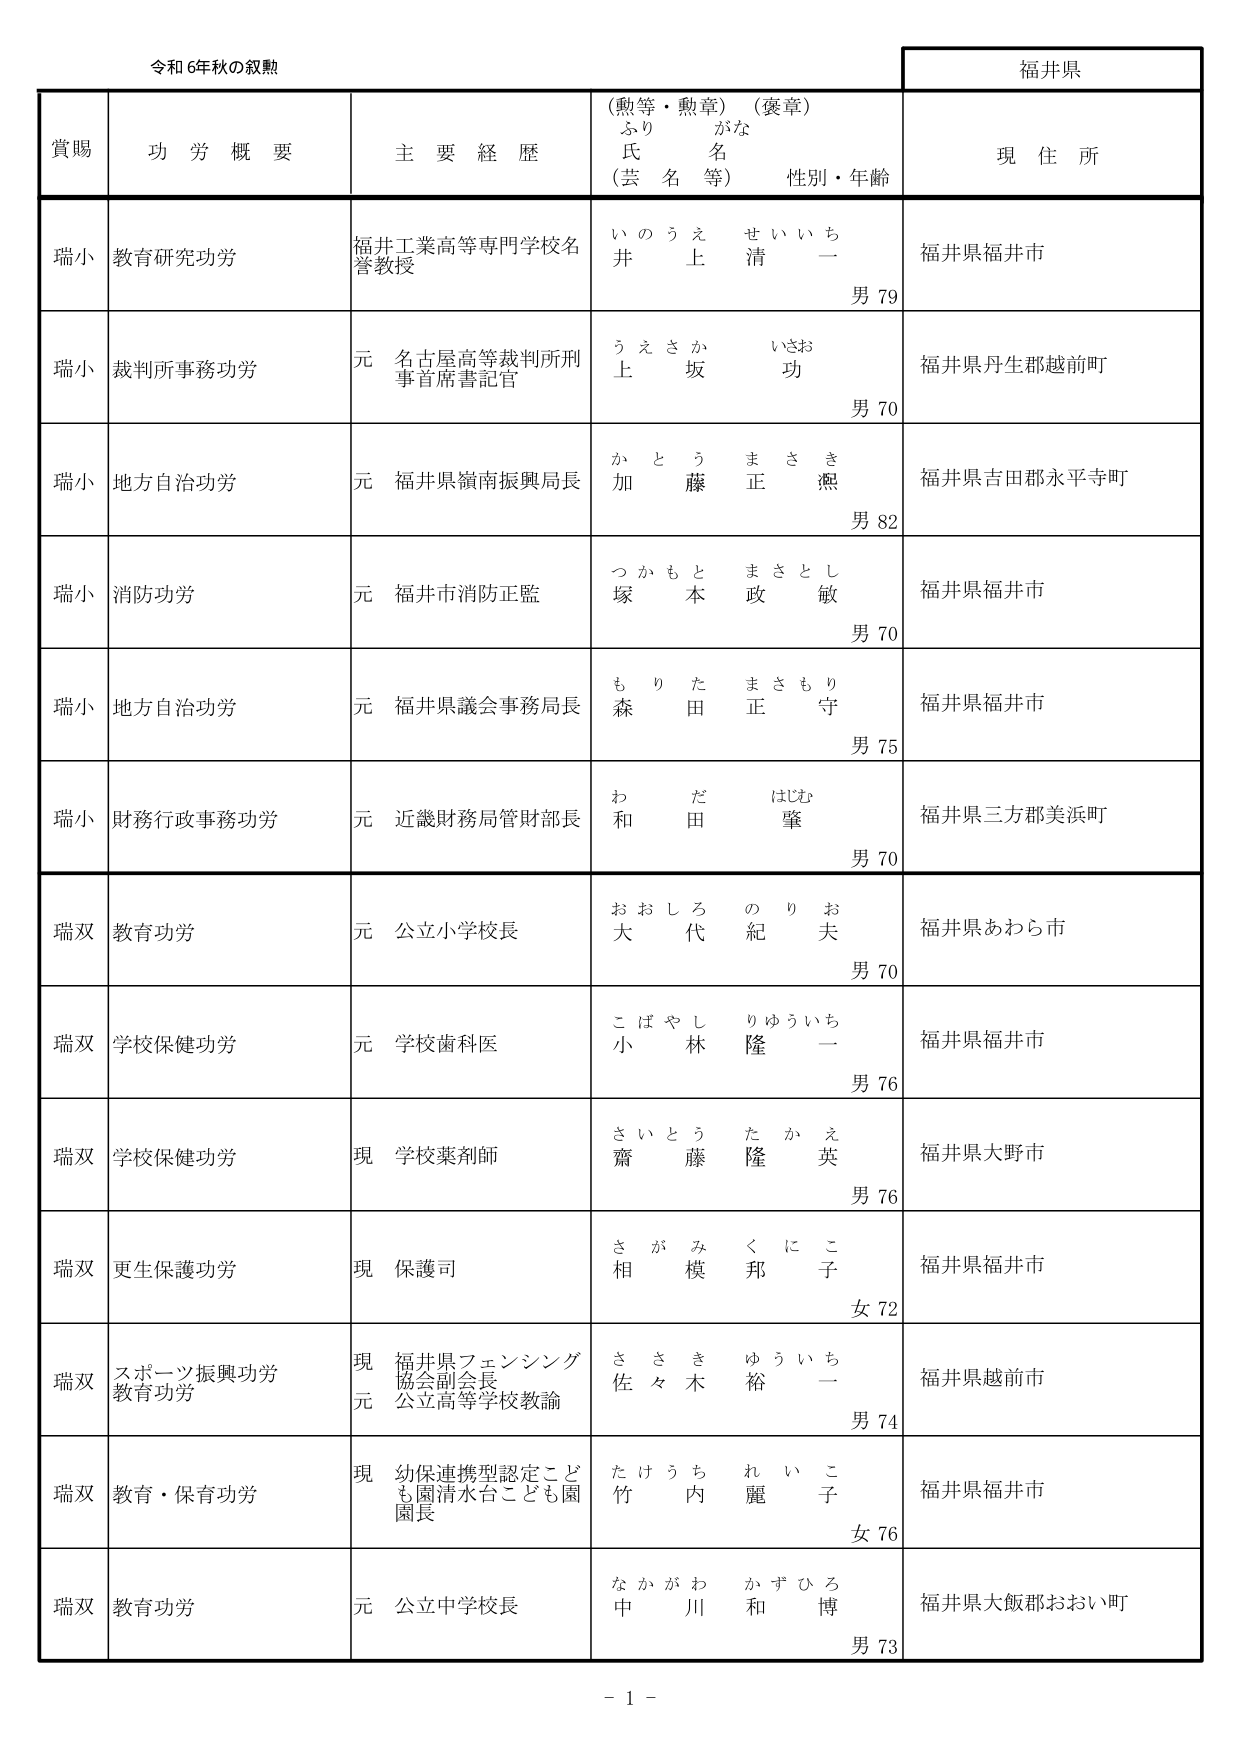
令和6年秋の叙勲

福井県

賞賜　功労概要　主要経歴　（勲等・勲章）（褒章）　現住所
　　　　　　　　　　　ふりがな
　　　　　　　　　　　氏名
　　　　　　　　　　　（芸名等）　性別・年齢

瑞小　教育研究功労　福井工業高等専門学校名誉教授　いのうえ せいいち　井上 清一　男79　福井県福井市

瑞小　裁判所事務功労　元 名古屋高等裁判所刑事首席書記官　うえさか いさお　上坂 功　男70　福井県丹生郡越前町

瑞小　地方自治功労　元 福井県嶺南振興局長　かとう まさき　加藤 正煕　男82　福井県吉田郡永平寺町

瑞小　消防功労　元 福井市消防正監　つかもと まさとし　塚本 政敏　男70　福井県福井市

瑞小　地方自治功労　元 福井県議会事務局長　もりた まさもり　森田 正守　男75　福井県福井市

瑞小　財務行政事務功労　元 近畿財務局管財部長　わだ はじめ　和田 肇　男70　福井県三方郡美浜町

瑞双　教育功労　元 公立小学校長　おおしろ のりお　大代 紀夫　男70　福井県あわら市

瑞双　学校保健功労　元 学校歯科医　こばやし りゅういち　小林 隆一　男76　福井県福井市

瑞双　学校保健功労　現 学校薬剤師　さいとう たかえ　齋藤 隆英　男76　福井県大野市

瑞双　更生保護功労　現 保護司　さがみ くにこ　相模 邦子　女72　福井県福井市

瑞双　スポーツ振興功労　教育功労　現 福井県フェンシング協会副会長　元 公立高等学校教諭　ささき ゆういち　佐々木 裕一　男74　福井県越前市

瑞双　教育・保育功労　現 幼保連携型認定こども園清水台こども園園長　たけうち れいこ　竹内 麗子　女76　福井県福井市

瑞双　教育功労　元 公立中学校長　なかがわ かずひろ　中川 和博　男73　福井県大飯郡おおい町

－ 1 －